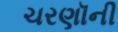
ચરણૉની